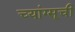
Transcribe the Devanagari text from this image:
च्यांग्सूची